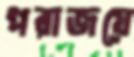
পরাজয়ে